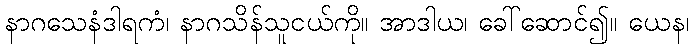
နာဂသေနံဒါရကံ၊ နာဂသိန်သူငယ်ကို။ အာဒါယ၊ ခေါ်ဆောင်၍။ ယေန၊